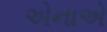
એનાએ